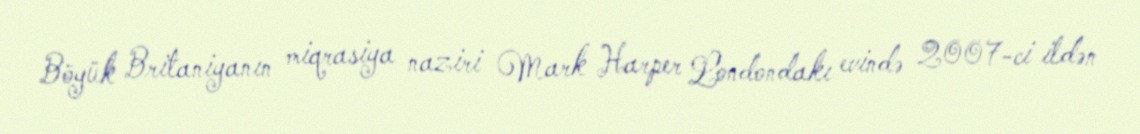
Böyük Britaniyanın miqrasiya naziri Mark Harper Londondakı evində 2007-ci ildən